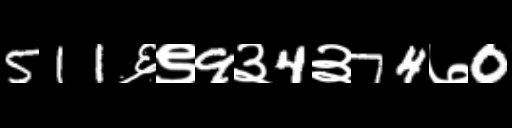
Text: 511६९9३4३74७0